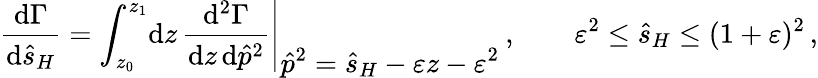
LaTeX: \frac{\mathrm{d}\Gamma}{\mathrm{d}\hat{s}_{H}}=\int_{z_{0}}^{z_{1}}\! \mathrm{d}z\, \left.\frac{\mathrm{d}^{2}\Gamma}{\mathrm{d}z\, \mathrm{d}\hat{p}^{2}}\right|_{\displaystyle\hat{p}^{2}=\hat{s}_{H}-\varepsilon z-\varepsilon^{2}}\, ,\qquad\varepsilon^{2}\le\hat{s}_{H}\le(1+\varepsilon)^{2}\, ,